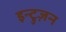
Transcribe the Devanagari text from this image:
इन्ट्रुज़न